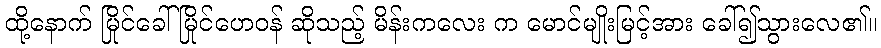
ထို့နောက် မြိုင်ခေါ် မြိုင်ဟေဝန် ဆိုသည့် မိန်းကလေး က မောင်မျိုးမြင့်အား ခေါ်၍သွားလေ၏။